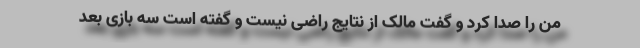
من را صدا کرد و گفت مالک از نتایج راضی نیست و گفته است سه بازی بعد